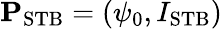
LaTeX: \mathbf{P}_{\mathrm{STB}}=(\psi_{0},I_{\mathrm{STB}})